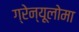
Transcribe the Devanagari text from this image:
ग्रेन्यूलोमा